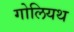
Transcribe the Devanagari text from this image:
गोलियथ